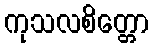
ကုသလစိတ္တော